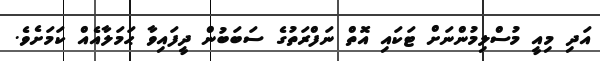
އަދި މިއީ މުސްލިމުންނަށް ޓަކައި އޮތް ނަފްރަތުގެ ސަބަބުން ދީފައިވާ ޙަމަލާއެއް ކަމަށެވެ.